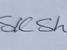
Signature authenticity: genuine